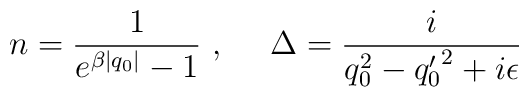
n= \frac{1}{e^{\beta |q_0|}-1}~,~~~~ {\Delta} =\frac{i}{q_0^2-{q_0^\prime}^2+i \epsilon}